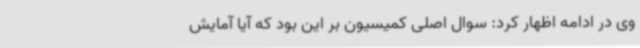
وی در ادامه اظهار کرد: سوال اصلی کمیسیون بر این بود که آیا آمایش